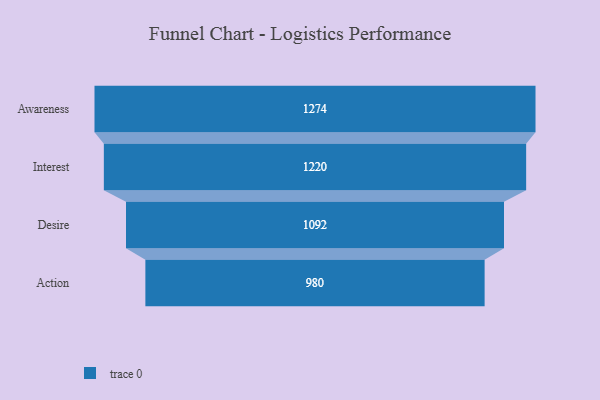
{"axis": {"x": "Stage", "y": "Value"}, "legend": [""], "data": [{"x": "Awareness", "y": 1274.0, "type": ""}, {"x": "Interest", "y": 1220.0, "type": ""}, {"x": "Desire", "y": 1092.0, "type": ""}, {"x": "Action", "y": 980.0, "type": ""}]}